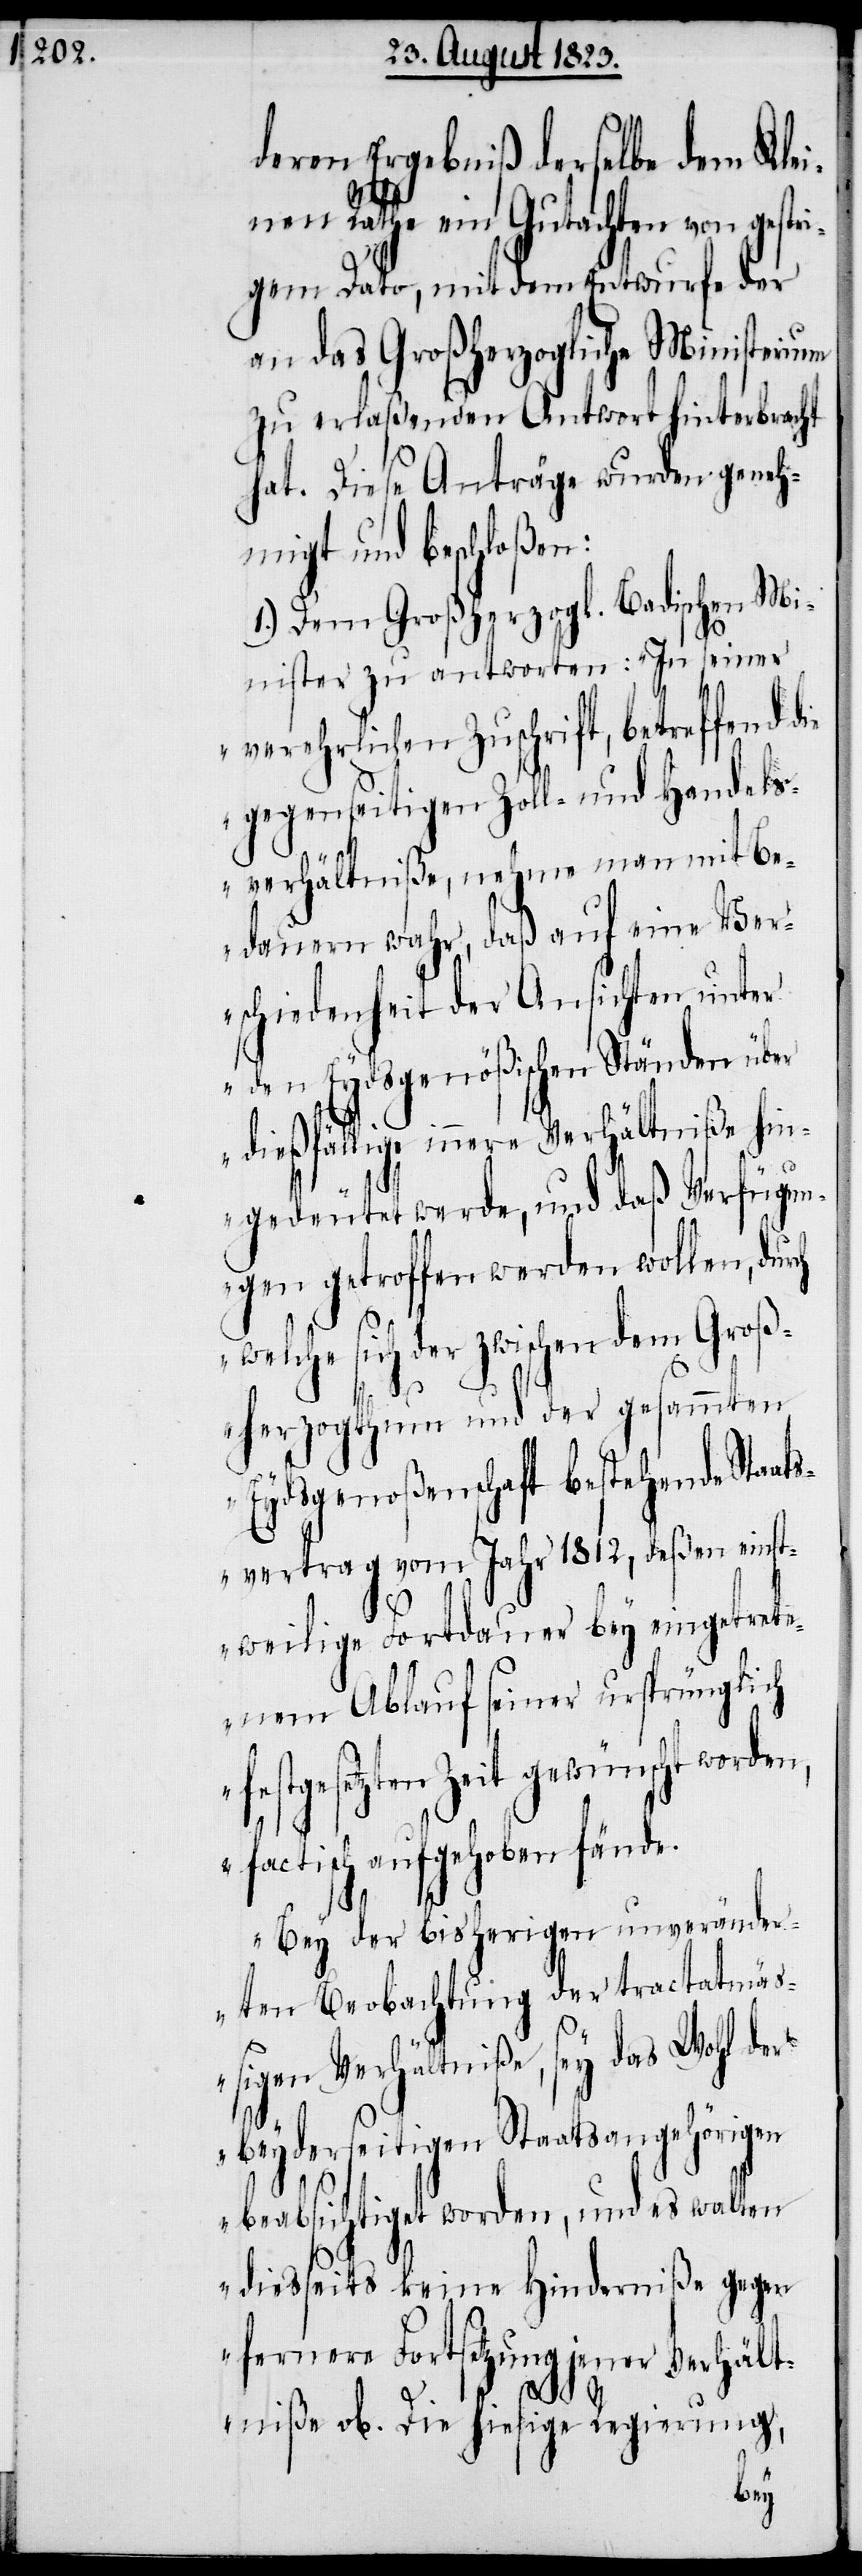
deren Ergebniß derselbe dem Kle¬
inen Rathe ein Gutachten von gestri¬
gem Dato, mit dem Entwurfe der
an das Großherzogliche Ministerium
zu erlaßenden Antwort hinterbracht
hat. Diese Anträge wurden geneh¬
migt und beschloßen:
1.) Dem Großherzogl. Badischen Mi¬
nister zu antworten: „In seiner
verehrlichen Zuschrift, betreffend
gegenseitigen Zoll- und Handels¬
verhältniße, nehme man mit Be¬
dauern wahr, daß auf eine Ver¬
schiedenheit der Ansichten unter
den Eydsgenößischen Ständen über
dießfällige innere Verhältniße hin¬
gedeutet werde, und daß Verfügun¬
gen getroffen werden wollen, dur¬
ch welche sich der zwischen dem Groß¬
herzogthum und der gesammten
Eydsgenoßenschaft bestehende Staat¬
svertrag vom Jahr 1812, deßen einst¬
weilige Fortdauer bey eingetrete¬
nem Ablauf seiner ursprünglich
Zeit gewünscht worden,
factisch aufgehoben fände.
Bey der bisherigen unveränder¬
ten Beobachtung der tractatmäß¬
igen Verhältniße, sey das Wohl der
beyderseitigen Staatsangehörigen
beabsichtiget worden, und es walten
diesseits keine Hinderniße gegen
fernere Fortsetzung jener Verhält¬
niße ob. Die hiesige Regierung,